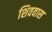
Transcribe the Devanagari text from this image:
शिववास